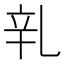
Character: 乵